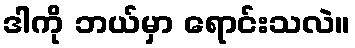
ဒါကို ဘယ်မှာ ရောင်းသလဲ။